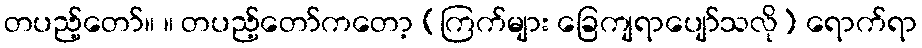
တပည့်တော်။ ။ တပည့်တော်ကတော့ (ကြက်များ ခြေကျရာပျော်သလို) ရောက်ရာ